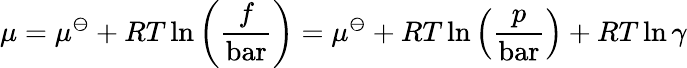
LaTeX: \mu=\mu^{\ominus}+RT\ln\left({\frac{f}{\mathrm{bar}}}\right)=\mu^{\ominus}+RT\ln\left({\frac{p}{\mathrm{bar}}}\right)+RT\ln\gamma